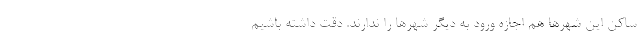
ساکن این شهرها هم اجازه ورود به دیگر شهرها را ندارند. دقت داشته باشیم